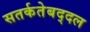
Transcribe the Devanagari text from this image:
सतर्कतेबद्दल